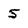
Character: 5